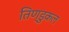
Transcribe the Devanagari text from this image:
तिण्डुकल